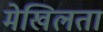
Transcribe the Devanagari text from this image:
मेखिलता